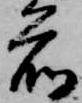
前